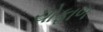
ચોફાળ